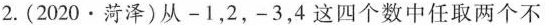
2.(2020·菏泽)从-1，2，-3，4这四个数中任取两个不